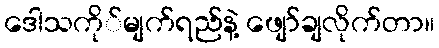
ဒေါသကို်မျက်ရည်နဲ့ ဖျော်ချလိုက်တာ။